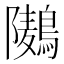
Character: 𮭏